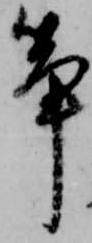
筝